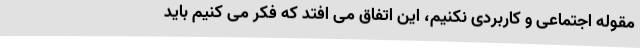
مقوله اجتماعی و کاربردی نکنیم، این اتفاق می افتد که فکر می کنیم باید